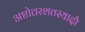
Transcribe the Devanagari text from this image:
अष्टोत्तरशतस्यादौ